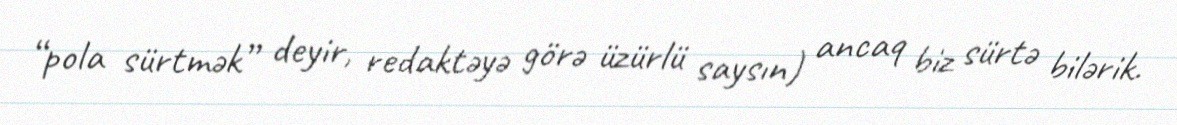
“pola sürtmək” deyir, redaktəyə görə üzürlü saysın) ancaq biz sürtə bilərik.